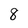
Character: 8